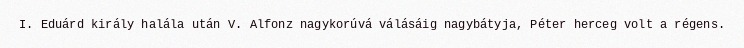
I. Eduárd király halála után V. Alfonz nagykorúvá válásáig nagybátyja, Péter herceg volt a régens.